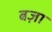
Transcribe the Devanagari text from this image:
बज़ा